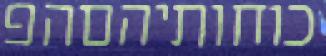
כוחותיהםהפ